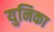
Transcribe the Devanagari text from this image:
युनिका